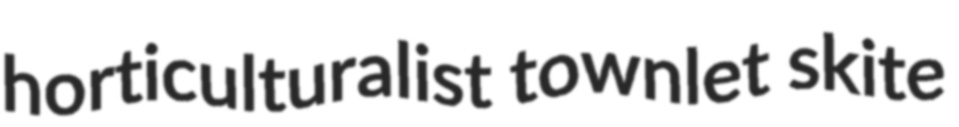
horticulturalist townlet skite